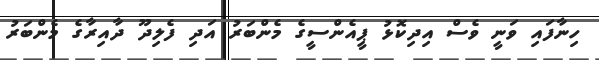
ހިނާފައި ވަނީ ވެސް އިދިކޮޅު ޕީއެންސީގެ މެންބަރު އަދި ފެލިދޫ ދާއިރާގެ މެންބަރު